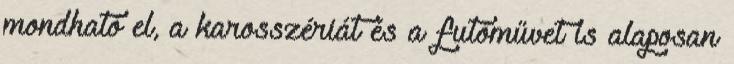
mondható el, a karosszériát és a futóművet is alaposan